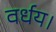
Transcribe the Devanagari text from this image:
वर्धय।